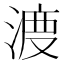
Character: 𱧣